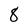
Character: 8